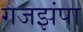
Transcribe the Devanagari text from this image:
गजझंपा